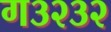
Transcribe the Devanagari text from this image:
ग३२३२